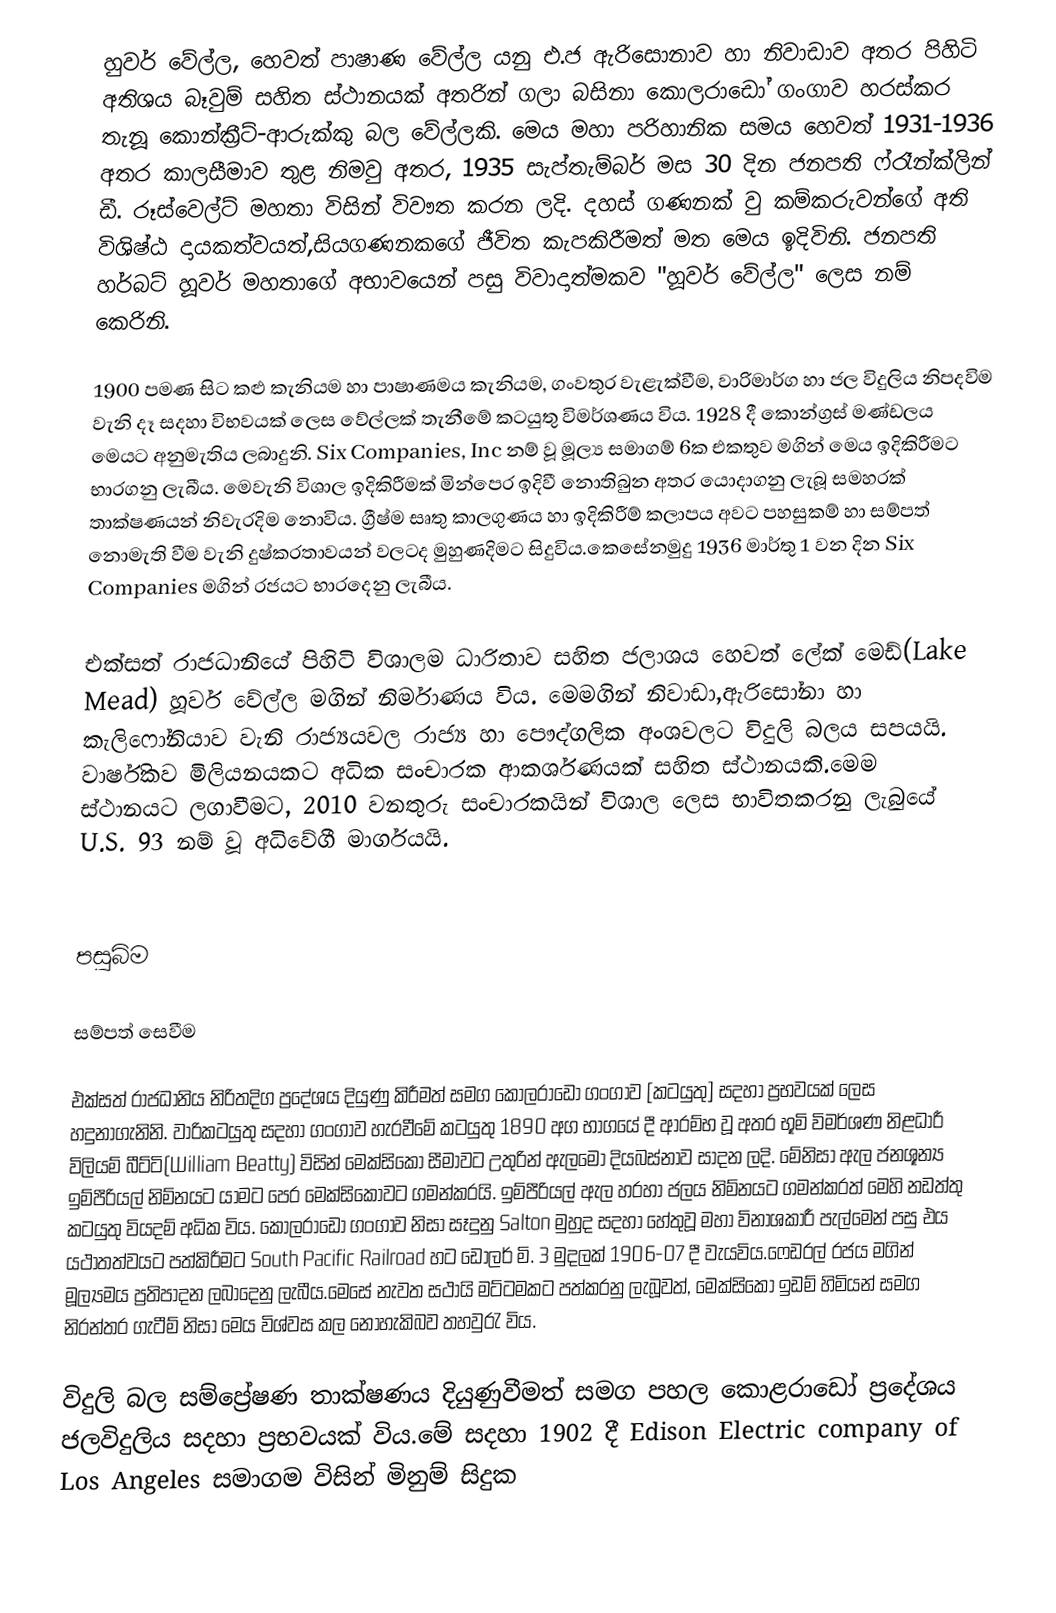
හුවර් වේල්ල, හෙවත් පාෂාණ වේල්ල යනු එ.ජ ඇරිසොනාව හා නිවාඩාව අතර පිහිටි අතිශය බෑවුම් සහිත ස්ථානයක් අතරින් ගලා බසිනා කොලරාඩෝ ගංගාව හරස්කර තැනූ කොන්ක්‍රීට්-ආරුක්කු බල වේල්ලකි. මෙය මහා පරිහානික සමය හෙවත් 1931-1936 අතර කාලසීමාව තුළ නිමවු අතර, 1935 සැප්තැම්බර් මස 30 දින ජනපති ෆ්රෑන්ක්ලින් ඩී. රූස්වෙල්ට් මහතා විසින් විවෟත කරන ලදි. දහස් ගණනක් වු කම්කරුවන්ගේ අති විශිෂ්ඨ දායකත්වයත්,සියගණනකගේ ජීවිත කැපකිරීමත් මත මෙය ඉදිවිනි. ජනපති හර්බට් හූවර් මහතාගේ අභාවයෙන් පසු විවාදාත්මකව "හූවර් වේල්ල" ලෙස නම් කෙරිනි.

1900 පමණ සිට කළු කැනියම හා පාෂාණමය කැනියම, ගංවතුර වැළැක්වීම, වාරිමාර්ග හා ජල විදුලිය නිපදවිම වැනි දෑ සදහා විභවයක් ලෙස වේල්ලක් තැනීමේ කටයුතු විමර්ශණය විය. 1928 දී කොන්ග්‍රස් මණ්ඩලය මෙයට අනුමැතිය ලබාදුනි. Six Companies, Inc නම් වූ මූල්‍ය සමාගම් 6ක එකතුව මගින් මෙය ඉදිකිරීමට භාරගනු ලැබීය. මෙවැනි විශාල ඉදිකිරීමක් මින්පෙර ඉදිවී නොතිබුන අතර යොදාගනු ලැබූ සමහරක් තාක්ෂණයන් නිවැරදිම නොවිය. ග්‍රීෂ්ම සෘතු කාලගුණය හා ඉදිකිරීම් කලාපය අවට පහසුකම් හා සම්පත් නොමැති වීම වැනි දුෂ්කරතාවයන් වලටද මුහුණදිමට සිදුවිය.කෙසේනමුදු 1936 මාර්තු 1 වන දින Six Companies මගින් රජයට භාරදෙනු ලැබීය.

එක්සත් රාජධානියේ පිහිටි විශාලම ධාරිතාව සහිත ජලාශය හෙවත් ලේක් මෙඩ්(Lake Mead) හූවර් වේල්ල මගින් නිර්මාණය විය. මෙමගින් නිවාඩා,ඇරිසෝනා හා කැලිෆෝනියාව වැනි රාජ්‍යයවල රාජ්‍ය හා පෞද්ගලික අංශවලට විදුලි බලය සපයයි. වාර්ෂිකව මිලියනයකට අධික සංචාරක ආකර්ශණයක් සහිත ස්ථානයකි.මෙම ස්ථානයට ලගාවීමට, 2010 වනතුරු සංචාරකයින් විශාල ලෙස භාවිතකරනු ලැබුයේ U.S. 93 නම් වූ අධිවේගී මාර්ගයයි.

පසුබිම

සම්පත් සෙවීම

එක්සත් රාජධානිය නිරිතදිග ප්‍රදේශය දියුණු කිරීමත් සමග කොලරාඩෝ ගංගාව [කටයුතු] සදහා ප්‍රභවයක් ලෙස හදුනාගැනිනි. වාරිකටයුතු සදහා ගංගාව හැරවීමේ කටයුතු 1890 අග භාගයේ දී ආරම්භ වූ අතර භූමි විමර්ශණ නිළධාරී විලියම් බීට්ටි(William Beatty) විසින් මෙක්සිකෝ සීමාවට උතුරින් ඇලමෝ දියබස්නාව සාදන ලදි. මේනිසා ඇල ජනශූන්‍ය ඉම්පීරියල් නිම්නයට යාමට පෙර මෙක්සිකෝවට ගමන්කරයි. ඉම්පීරියල් ඇල හරහා ජලය නිම්නයට ගමන්කරත් මෙහි නඩත්තු කටයුතු වියදම් අධික විය. කොලරාඩෝ ගංගාව නිසා සෑදුනු Salton මුහුද සදහා හේතුවූ මහා විනාශකාරී පැල්මෙන් පසු එය යථාතත්වයට පත්කිරීමට South Pacific Railroad හට ඩොලර් මි. 3 මුදලක් 1906-07 දී වැයවිය.ෆෙඩරල් රජය මගින් මූල්‍යමය ප්‍රතිපාදන ලබාදෙනු ලැබීය.මෙසේ නැවත සථායි මට්ටමකට පත්කරනු ලැබූවත්, මෙක්සිකෝ ඉඩම් හිමියන් සමග නිරන්තර ගැටීම් නිසා මෙය විශ්වස කල නොහැකිබව තහවුරැ විය.

විදුලි බල සම්ප්‍රේෂණ තාක්ෂණය දියුණුවීමත් සමග පහල කොළරාඩෝ ප්‍රදේශය ජලවිදුලිය සදහා ප්‍රභවයක් විය.මේ සදහා 1902 දී Edison Electric company of Los Angeles සමාගම විසින් මිනුම් සිදුක